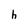
Character: h